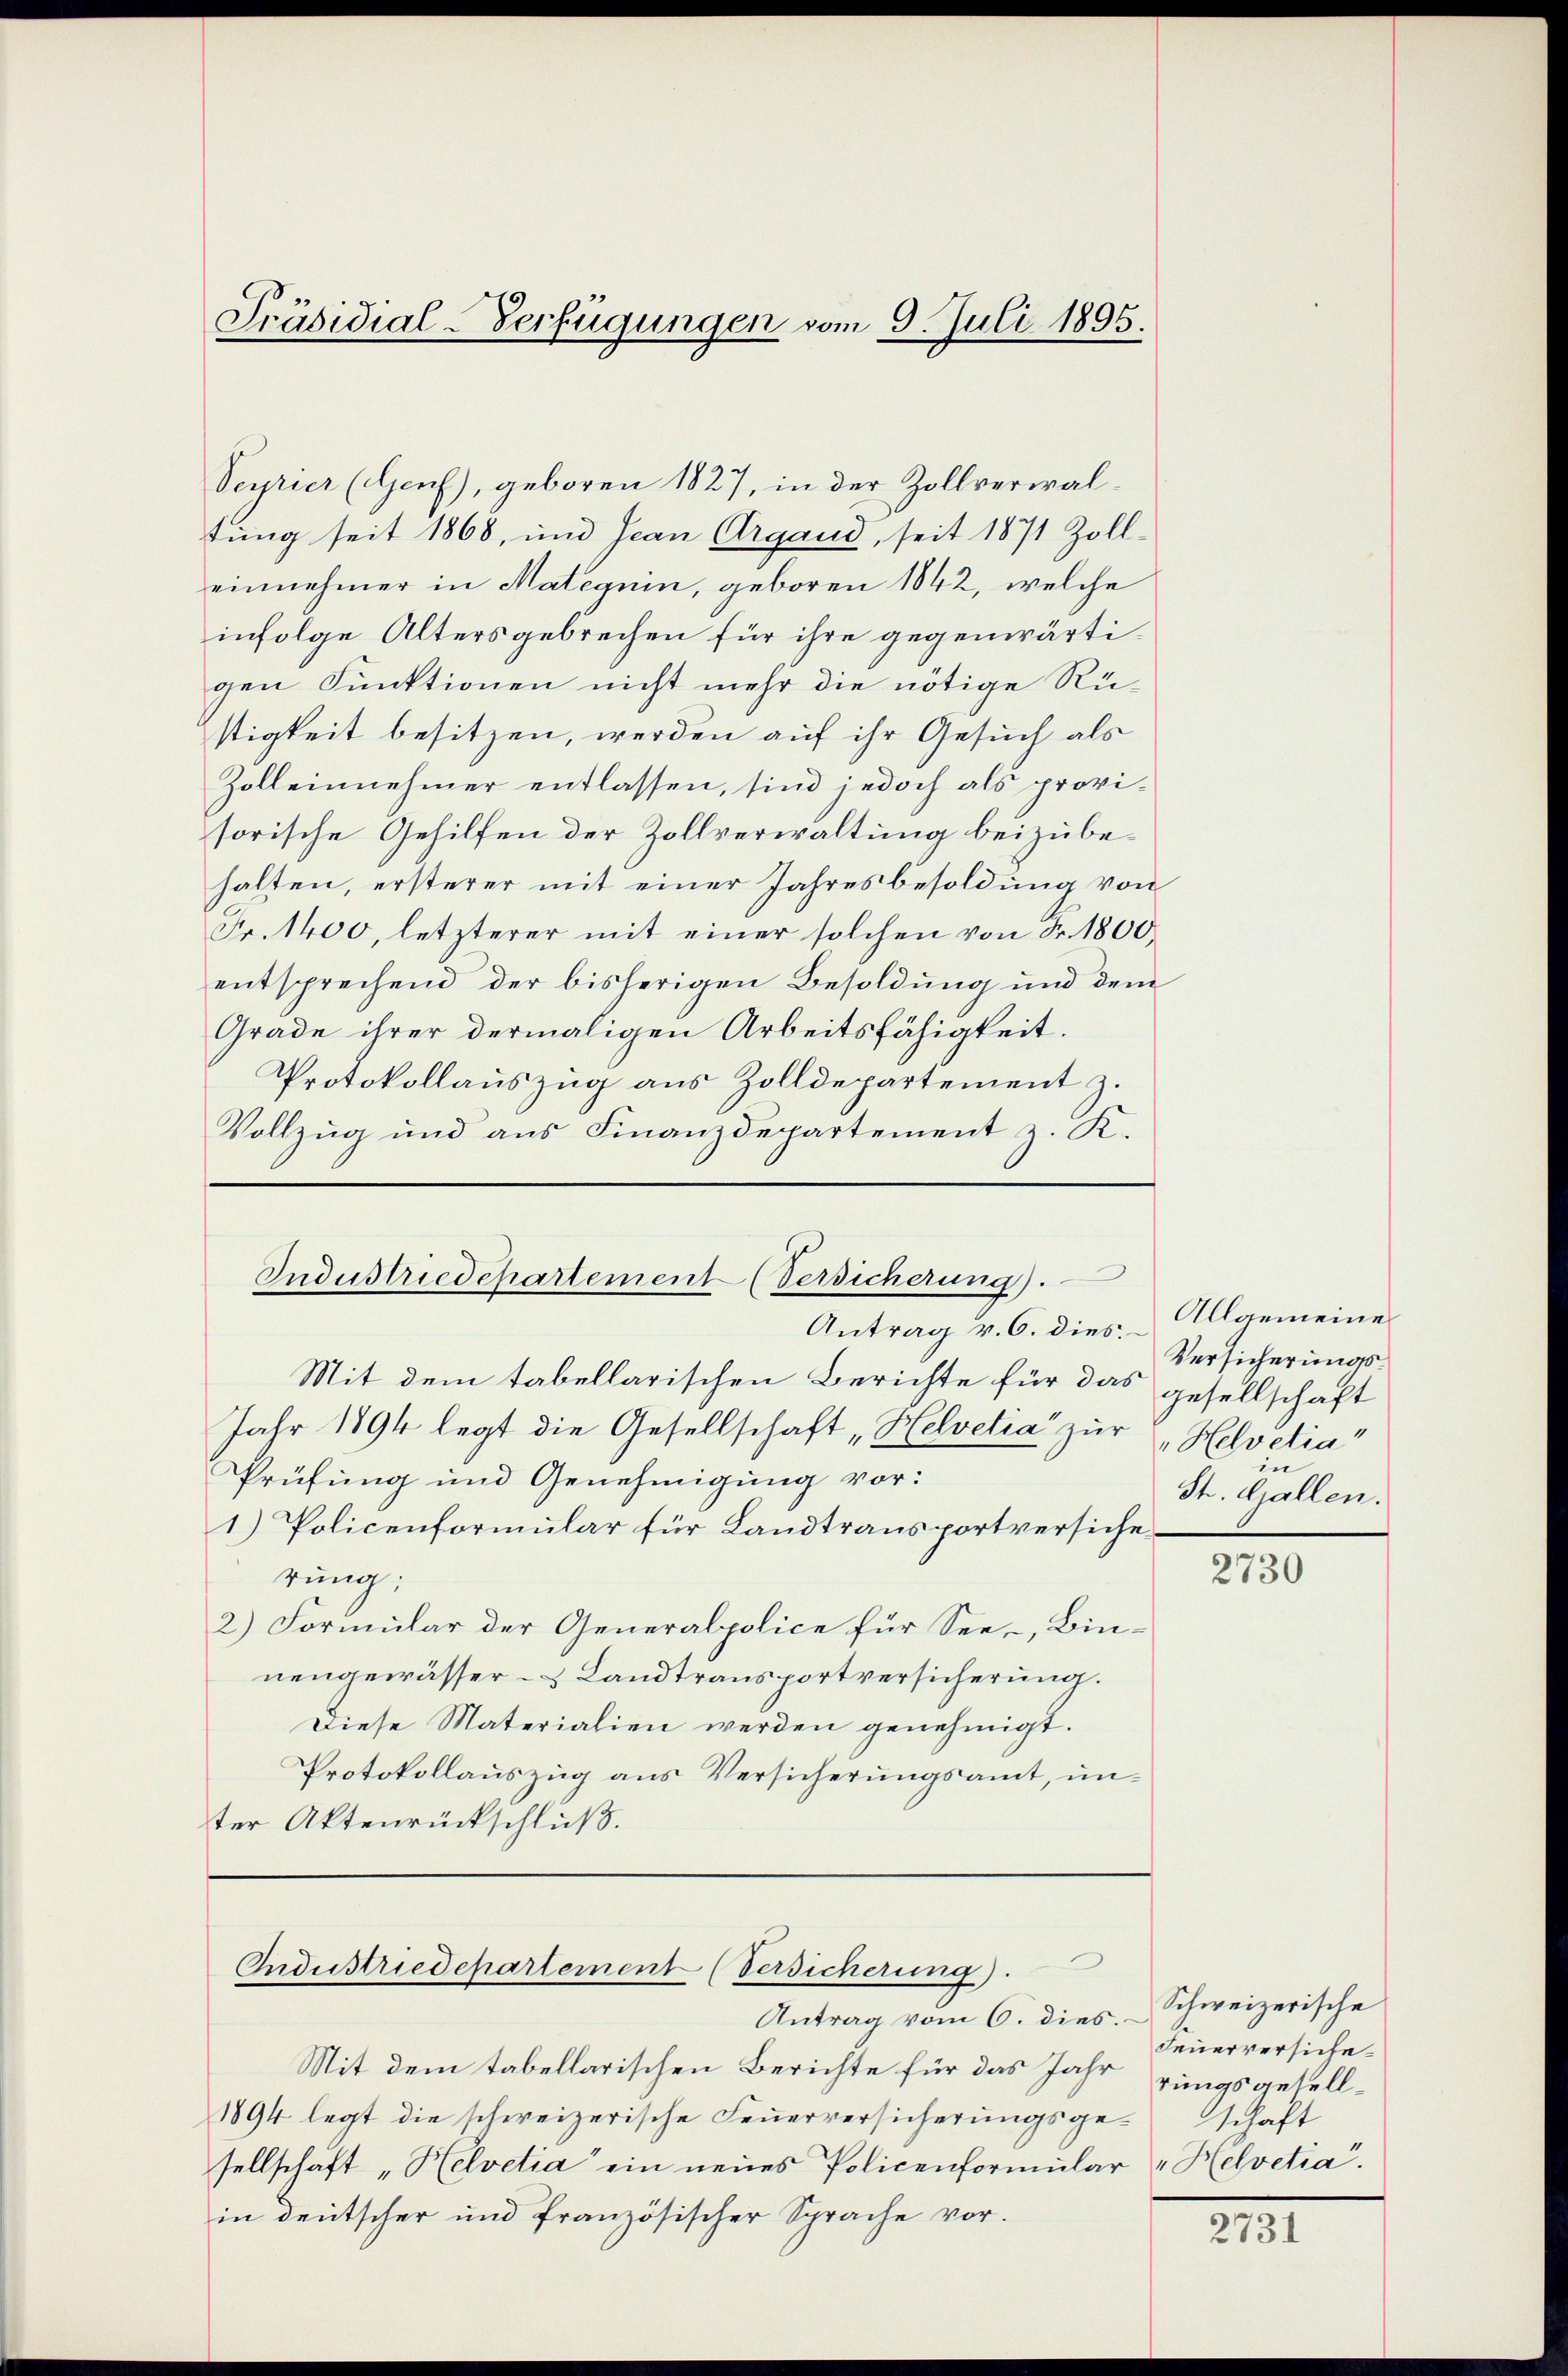
Präsidial-Verfügungen vom 5. Juli 1895.

Seyrier (Genf), geboren 1827, in der Zollverwaltung seit 1868, und Jean Organd, seit 1871 Zoll-
einnehmer in Mateguin, geboren 1842, welche
infolge Altersgebrechen für ihre gegenwärtigen Funktionen nicht mehr die nötige Rüstigkeit besitzen, werden auf ihr Gesuch als
Zolleinnehmer entlassen, sind jedoch als provisorische Gehilfen der Zollverwaltung beizubehalten, ersterer mit einer Jahresbesoldung von
Fr. 1400, letzterer mit einer solchen von Fr. 1800.
entsprechend der bisherigen Besoldung und dem
Grade ihrer dermaligen Arbeitsfähigkeit.
Protokollauszug aus Zolldepartement z.
Vollzug und aus Finanzdepartement z. K.

Industriedepartement (Versicherung).

Industriedepartement (Versicherung.

Antrag v. 6. dies
Mit dem tabellarischen Berichte für das gesellschaft
Jahr 1894 legt die Gesellschaft „Helvetia" zur
Prüfung und Genehmigung vor:
1) Policenformular für Landtransportversicherung:
2) Formular der Generalpolice für See-, Bin-
nengewässer- & Landtransportversicherung.
Diese Materialien werden genehmigt.
Protokollauszug aus Versicherungsamt, unter Aktenrückschluß.

Antrag vom 6. dies.
Mit dem tabellarischen Berichte für das Jahr rungsgesell¬
1894 legt die schweizerische Feuerversicherungsgesellschaft "Helvetia" ein neues Policenformular "Helvetia.
in deutscher und französischer Sprache vor.

Allgemeine
Versicherungs¬
"Helvetia"
in
St. Gallen.

2730

Schweizerische
Feuerversicheschaft

2731